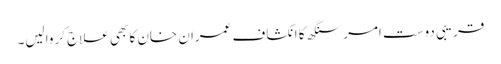
قریبی دوست امر سنگھ کا انکشاف عمران خان کا بھی علاج کروالیں۔